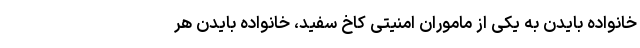
خانواده بایدن به یکی از ماموران امنیتی کاخ سفید، خانواده بایدن هر